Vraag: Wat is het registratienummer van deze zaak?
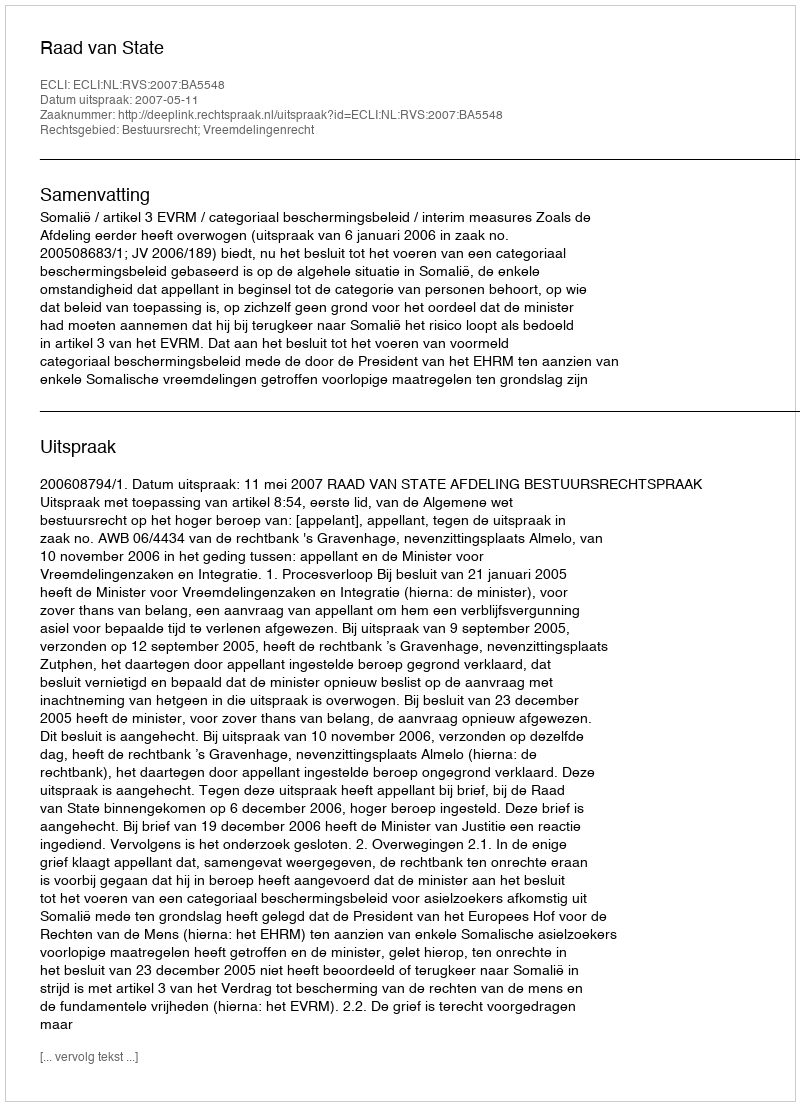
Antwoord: http://deeplink.rechtspraak.nl/uitspraak?id=ECLI:NL:RVS:2007:BA5548